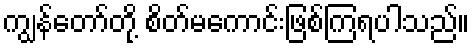
ကျွန်တော်တို့ စိတ်မကောင်းဖြစ်ကြရပါသည်။